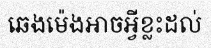
ឆេងម៉េងអាចអ្វីខ្លះដល់